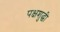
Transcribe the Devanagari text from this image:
पक्षशुद्धी